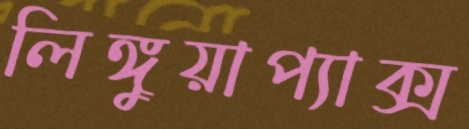
লিঙ্গুয়াপ্যাক্স